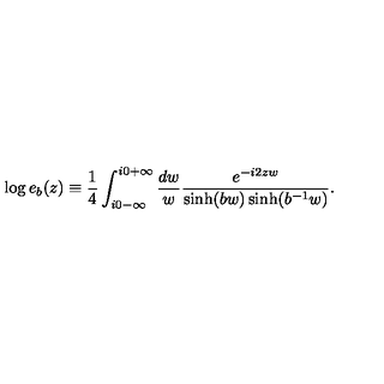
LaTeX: \log e _ { b } ( z ) \equiv \frac { 1 } { 4 } \int _ { i 0 - \infty } ^ { i 0 + \infty } \frac { d w } { w } \frac { e ^ { - i 2 z w } } { \sinh ( b w ) \sinh ( b ^ { - 1 } w ) } .